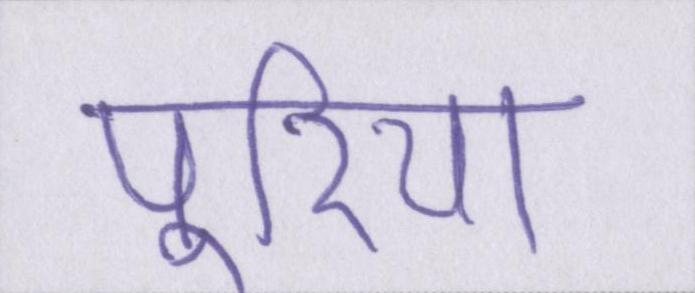
पूरिया